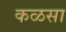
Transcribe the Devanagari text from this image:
कळसा